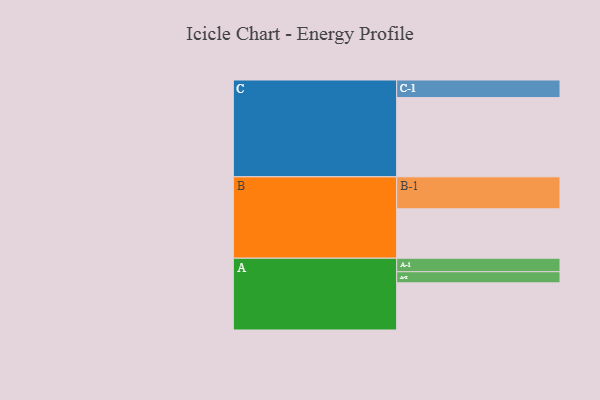
{"axis": {"x": "Segment", "y": "Value"}, "legend": ["", "A", "B", "C"], "data": [{"x": "A", "y": 335, "type": ""}, {"x": "B", "y": 351, "type": ""}, {"x": "C", "y": 563, "type": ""}, {"x": "A-1", "y": 96, "type": "A"}, {"x": "A-2", "y": 79, "type": "A"}, {"x": "B-1", "y": 227, "type": "B"}, {"x": "C-1", "y": 125, "type": "C"}]}